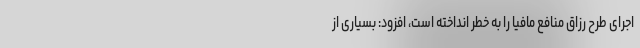
اجرای طرح رزاق منافع مافیا را به خطر انداخته است، افزود: بسیاری از